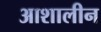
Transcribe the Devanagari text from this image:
आशालीन